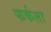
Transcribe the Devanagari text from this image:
फर्कला